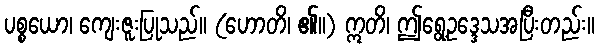
ပစ္စယော၊ ကျေးဇူးပြုသည်။ (ဟောတိ၊ ၏။) ဣတိ၊ ဤရွေ့ဥဒ္ဒေသအပြီးတည်း။